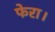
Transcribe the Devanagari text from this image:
फेरा।